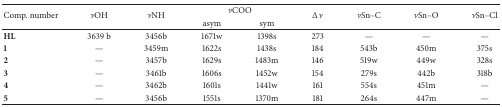
| <ROWSPAN=2> Comp. number | <ROWSPAN=2> νOH | <ROWSPAN=2> νNH | <COLSPAN=2> νCOO | <ROWSPAN=2> Δν | <ROWSPAN=2> νSn–C | <ROWSPAN=2> νSn–O | <ROWSPAN=2> νSn–Cl |
 | asym | sym |
 | --- | --- | --- | --- | --- | --- | --- | --- | --- |
 | HL | 3639 b | 3456b | 1671w | 1398s | 273 | — | — | — |
 | 1 | — | 3459m | 1622s | 1438s | 184 | 543b | 450m | 375s |
 | 2 | — | 3457b | 1629s | 1483m | 146 | 519w | 449w | 328s |
 | 3 | — | 3461b | 1606s | 1452w | 154 | 279s | 442b | 318b |
 | 4 | — | 3462b | 1601s | 1441w | 161 | 554s | 451m | — |
 | 5 | — | 3456b | 1551s | 1370m | 181 | 264s | 447m | — |